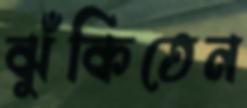
ঝুঁকিতেন